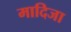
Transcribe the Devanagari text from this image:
मादिजा